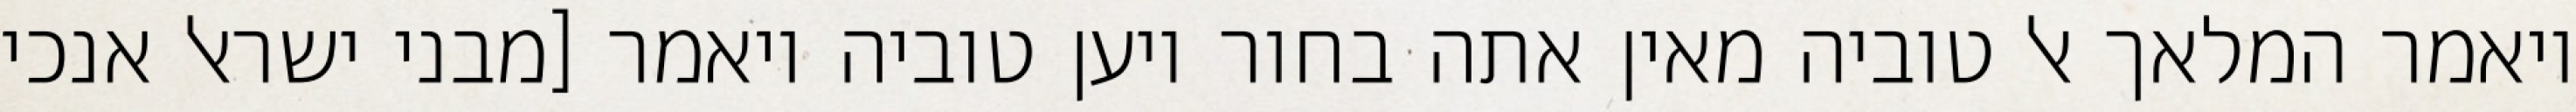
ויאמר המלאך אל טוביה מאין אתה בחור ויען טוביה ויאמר [מבני ישראל אנכי